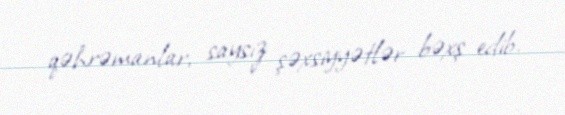
qəhrəmanlar, saysız şəxsiyyətlər bəxş edib.